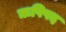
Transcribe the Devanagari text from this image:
ऋषिपद